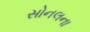
સોનલના